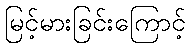
မြင့်မားခြင်းကြောင့်